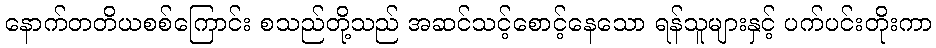
နောက်တတိယစစ်ကြောင်း စသည်တို့သည် အဆင်သင့်စောင့်နေသော ရန်သူများနှင့် ပက်ပင်းတိုးကာ